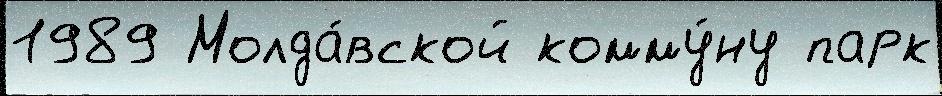
1989 Молда́вской комму́ну парк